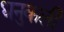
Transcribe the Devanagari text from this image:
धनुकली